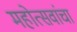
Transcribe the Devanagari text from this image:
महोत्सवांचा